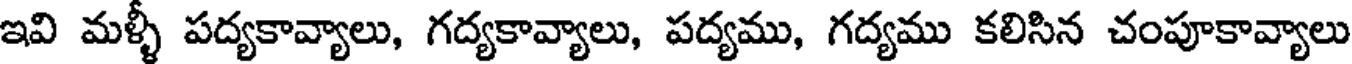
ఇవి మళ్ళీ పద్యకావ్యాలు, గద్యకావ్యాలు, పద్యము, గద్యము కలిసిన చంపూకావ్యాలు